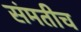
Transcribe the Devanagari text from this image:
संमतीच